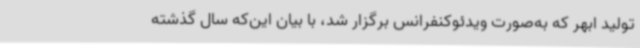
تولید ابهر که به‌صورت ویدئوکنفرانس برگزار شد، با بیان این‌که سال گذشته